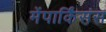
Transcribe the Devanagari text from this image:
मेंपार्किंसंस